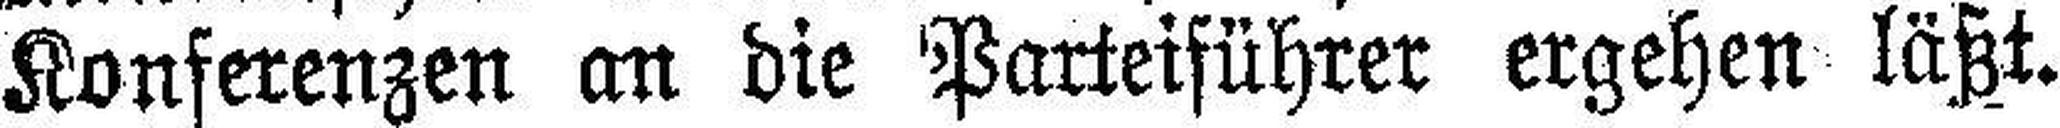
Konferenzen an die Parteiführer ergehen läßt.